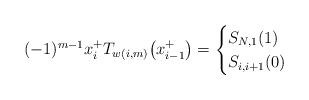
LaTeX: \begin{gather*}(-1)^{m-1} x_i^+ T_{w(i,m)}\big(x_{i-1}^+\big) = \begin{cases}S_{N,1}(1) & \\S_{i,i+1}(0) & \end{cases}\end{gather*}